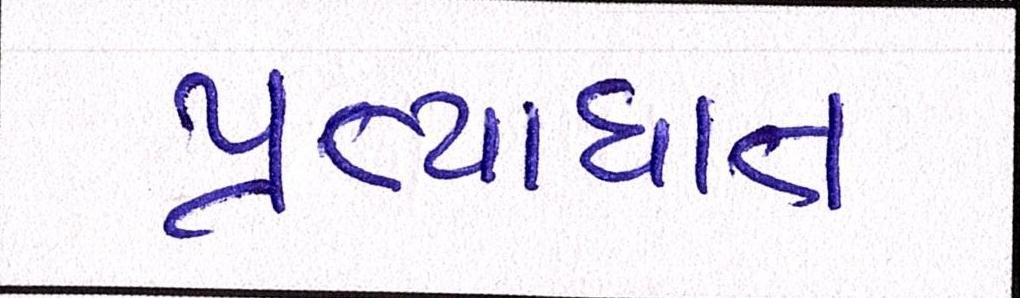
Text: પ્રત્યાઘાત